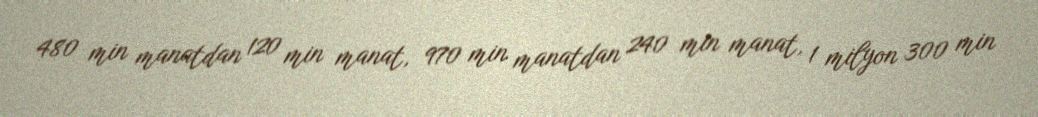
480 min manatdan 120 min manat, 970 min manatdan 240 min manat, 1 milyon 300 min